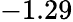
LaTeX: -1.29